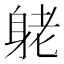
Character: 𨈺